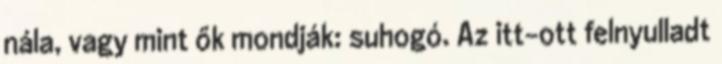
nála, vagy mint ők mondják: suhogó. Az itt-ott felnyulladt